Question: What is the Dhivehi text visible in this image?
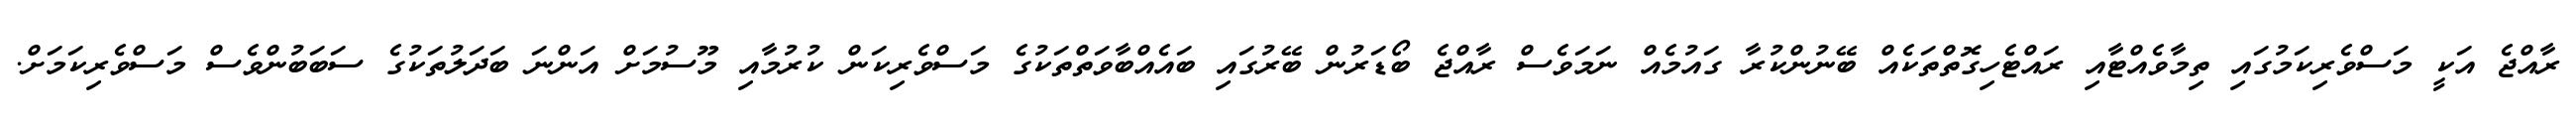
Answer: ރާއްޖެ އަކީ މަސްވެރިކަމުގައި ތިމާވެއްޓާއި ރައްޓެހިގޮތްތަކެއް ބޭނުންކުރާ ގައުމެއް ނަމަވެސް ރާއްޖެ ބޯޑަރުން ބޭރުގައި ބައެއްބާވަތްތަކުގެ މަސްވެރިކަން ކުރުމާއި މޫސުމަށް އަންނަ ބަދަލުތަކުގެ ސަބަބުންވެސް މަސްވެރިކަމަށް.